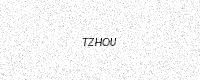
Text: TZHOU